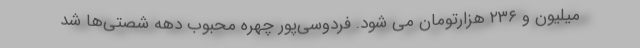
میلیون و ۲۳۶ هزارتومان می شود. فردوسی‌پور چهره محبوب دهه شصتی‌ها شد